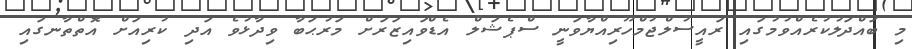
މި ބައްދަލުކުރެއްވުމުގައި ރައީސުލްޖުމްހޫރިއްޔާވަނީ ސްޕެޝަލް އެޑްވައިޒަރަށް މަރުޙަބާ ވިދާޅުވެ އަދި ކުރިއަށް އޮތްތާނގައި